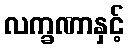
လက္ခဏာနှင့်